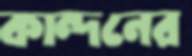
কান্দনের